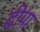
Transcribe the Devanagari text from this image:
ढीपा